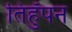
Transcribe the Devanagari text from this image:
तिहुँपन